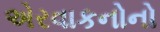
એરવાકનોનો